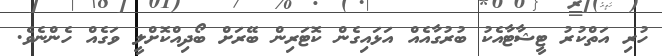
ހުރި އަތްކުރު ޓީޝާޓާއެކު ބުރުގާއެއް އަޅައިގެން ކޮޓަރިން ބޭރަށް ބޯދިއްކޮށްލީ ވަގެއް ހެންނެވެ.